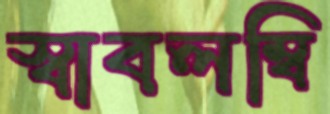
স্বাবলম্বি